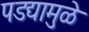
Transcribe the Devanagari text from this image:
पडद्यामुळे